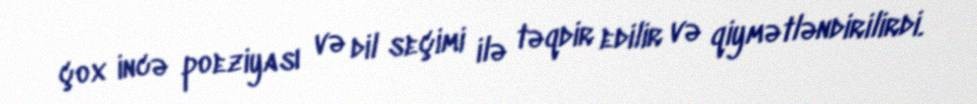
çox incə poeziyası və dil seçimi ilə təqdir edilir və qiymətləndirilirdi.